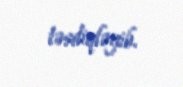
təsdiqləyib.